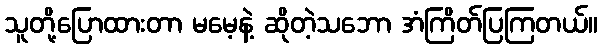
သူတို့ပြောထားတာ မမေ့နဲ့ ဆိုတဲ့သဘော အံကြိတ်ပြကြတယ်။